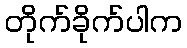
တိုက်ခိုက်ပါက